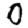
Digit: 0